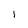
Character: 1